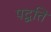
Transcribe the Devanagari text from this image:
पद्वत्ति